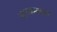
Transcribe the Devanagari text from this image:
नाटकरकार